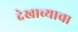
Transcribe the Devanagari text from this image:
देखाव्याचा